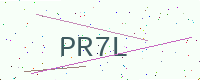
Text: PR7L